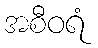
အစီဝရံ